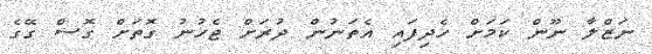
ނަޒްލާ ނޫން ކަމަށް ހެދިފައި އެތަނުން ދުރަށް ޖެހުނު ގޮތަށް ގޮސް ގޭގެ